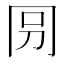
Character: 𠕕